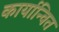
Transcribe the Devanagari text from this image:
कार्यान्‍वित